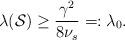
LaTeX: \begin{align*}\lambda(\mathcal{S})\geq \frac{\gamma^2}{8\nu_s}=:\lambda_0.\end{align*}